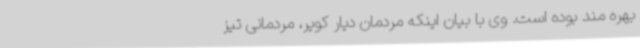
بهره مند بوده است. وی با بیان اینکه مردمان دیار کویر، مردمانی تیز